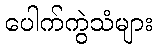
ပေါက်ကွဲသံများ